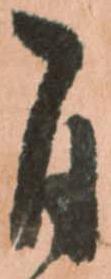
自